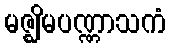
မဇ္ဈိမပဏ္ဏာသကံ